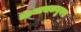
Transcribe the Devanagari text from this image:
लामाचकनुनरा